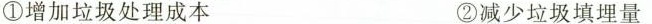
①增加垃圾处理成本 ②减少垃圾填埋量